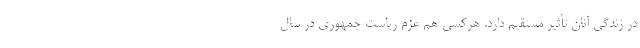
در زندگی آنان تأثیر مستقیم دارد. هرکسی هم عزم ریاست جمهوری در سال